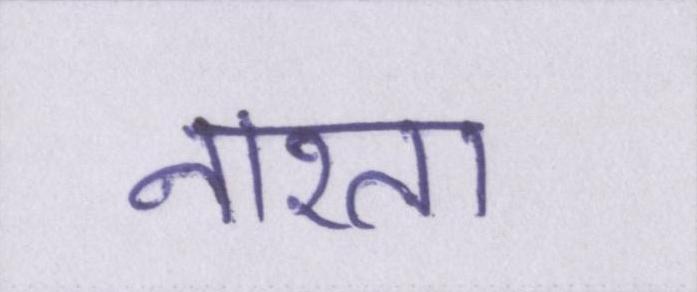
नाश्ता